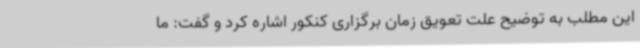
این مطلب به توضیح علت تعویق زمان برگزاری کنکور اشاره کرد و گفت: ما